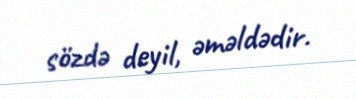
sözdə deyil, əməldədir.